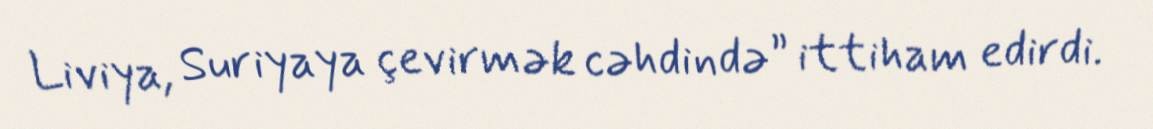
Liviya, Suriyaya çevirmək cəhdində” ittiham edirdi.